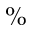
\%